Rangoon Lunatic Asylum 1893-1897 - 1893-1897
Year: 1893
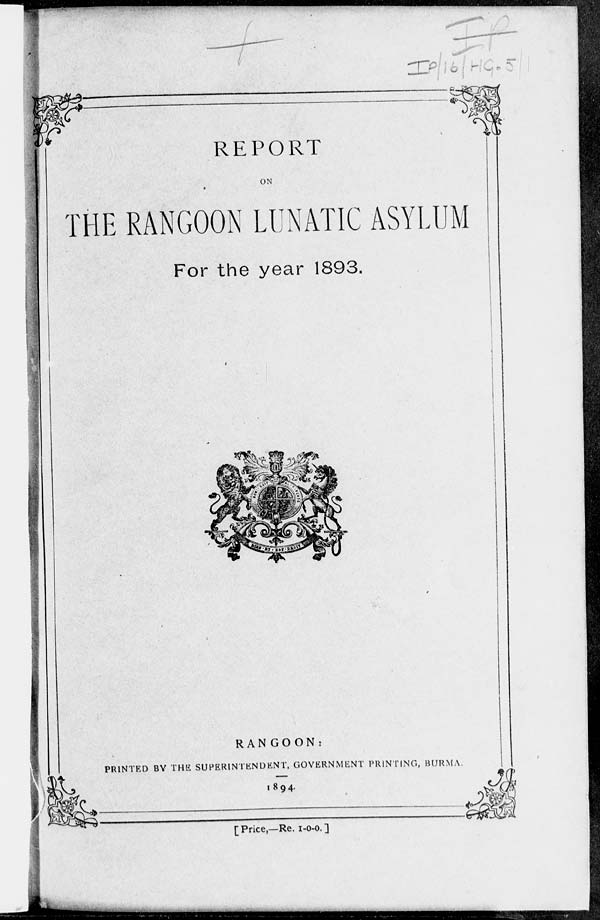
REPORT
ON
THE RANGOON LUNATIC ASYLUM
For the year 1893.
RANGOON:
PRINTED BY THE SUPERINTENDENT, GOVERNMENT PRINTING, BURMA.
1894.
[ Price,—Re. 1-0-0. ]